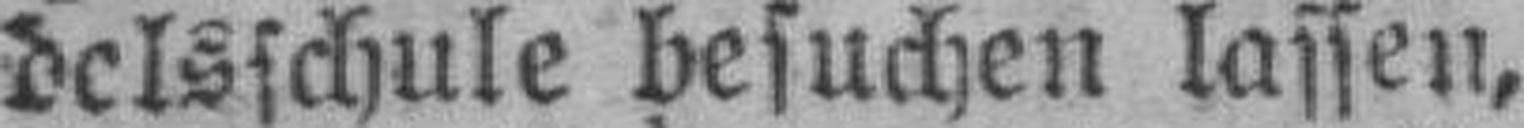
delsschule besuchen lassen,